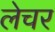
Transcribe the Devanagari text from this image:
लेचर